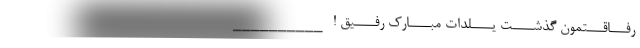
رفـــاقـــتمون گذشــــت یــــلدات مبــــارک رفــــیق ! __________